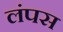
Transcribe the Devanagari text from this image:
लंपस